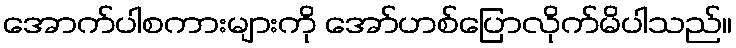
အောက်ပါစကားများကို အော်ဟစ်ပြောလိုက်မိပါသည်။